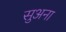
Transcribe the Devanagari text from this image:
सुअना